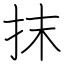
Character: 抹